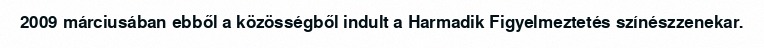
2009 márciusában ebből a közösségből indult a Harmadik Figyelmeztetés színészzenekar.